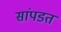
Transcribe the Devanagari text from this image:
सांपडत